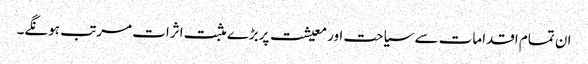
ان تمام اقدامات سے سیاحت اور معیشت پربڑے مثبت اثرات مرتب ہونگے۔